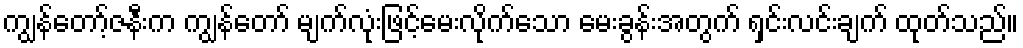
ကျွန်တော့်ဇနီးက ကျွန်တော် မျက်လုံးဖြင့်မေးလိုက်သော မေးခွန်းအတွက် ရှင်းလင်းချက် ထုတ်သည်။